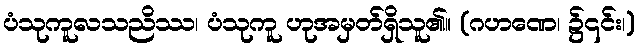
ပံသုကူလသညိဿ၊ ပံသုကူ ဟုအမှတ်ရှိသူ၏။ (ဂဟဏေ၊ ၌၎င်း၊)